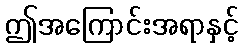
ဤအကြောင်းအရာနှင့်